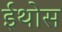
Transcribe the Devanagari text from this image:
ईथोस